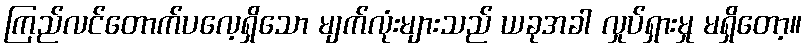
ကြည်လင်တောက်ပလေ့ရှိသော မျက်လုံးများသည် ယခုအခါ လှုပ်ရှားမှု မရှိတော့။